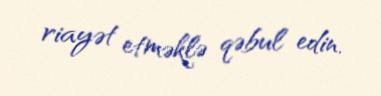
riayət etməklə qəbul edin.